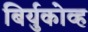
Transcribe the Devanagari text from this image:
बिर्युकोव्ह